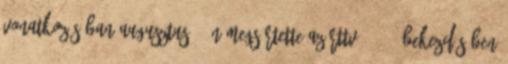
vonatkozásában augusztus 6-án megsértette az Rttv. 90. 2 bekezdésében